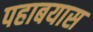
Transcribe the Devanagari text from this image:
पहाबयास